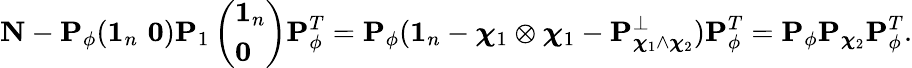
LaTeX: {\mathbf N}-{\mathbf P}_{\phi}(\textbf{1}_{n}\, \, {\mathbf 0}){\mathbf P}_{1}\left(\begin{array}{l}{\textbf{1}_{n}}\\ {{\mathbf 0}}\end{array}\right){\mathbf P}_{\phi}^{T}={\mathbf P}_{\phi}(\textbf{1}_{n}-\boldsymbol{\chi}_{1}\otimes\boldsymbol{\chi}_{1}-{\mathbf P}_{\boldsymbol{\chi}_{1}\wedge\boldsymbol{\chi}_{2}}^{\perp}){\mathbf P}_{\phi}^{T}={\mathbf P}_{\phi}{\mathbf P}_{\boldsymbol{\chi}_{2}}{\mathbf P}_{\phi}^{T}.